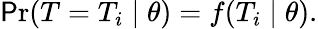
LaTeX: \operatorname*{\mathsf{P}r}(T=T_{i}\mid\theta)=f(T_{i}\mid\theta).